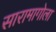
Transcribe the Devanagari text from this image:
सारामागोला